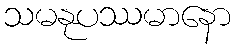
သမနုပဿမာနော